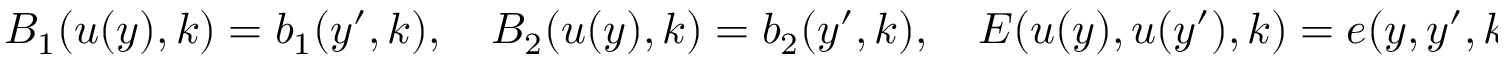
\begin{array} { r } { B _ { 1 } ( u ( y ) , k ) = b _ { 1 } ( y ^ { \prime } , k ) , \quad B _ { 2 } ( u ( y ) , k ) = b _ { 2 } ( y ^ { \prime } , k ) , \quad E ( u ( y ) , u ( y ^ { \prime } ) , k ) = e ( y , y ^ { \prime } , k ) . } \end{array}